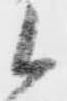
候